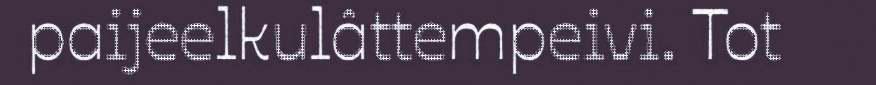
paijeelkulâttempeivi. Tot